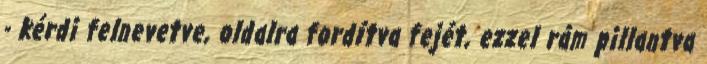
- kérdi felnevetve, oldalra fordítva fejét, ezzel rám pillantva